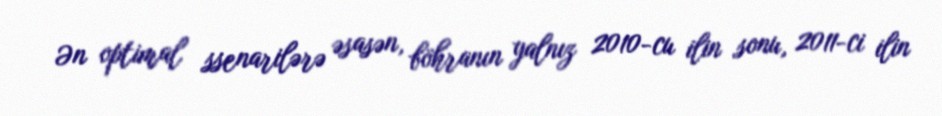
Ən optimal ssenarilərə əsasən, böhranın yalnız 2010-cu ilin sonu, 2011-ci ilin